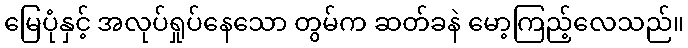
မြေပုံနှင့် အလုပ်ရှုပ်နေသော တွမ်က ဆတ်ခနဲ မော့ကြည့်လေသည်။